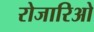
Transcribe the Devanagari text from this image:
रोजारिओ